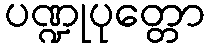
ပဏ္ဍုပုတ္တော